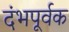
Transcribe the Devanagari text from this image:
दंभपूर्वक